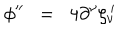
\phi ^ { \prime \prime } \; \; = \; \; 4 \partial ^ { \nu } \zeta _ { \nu } ^ { \, \prime }